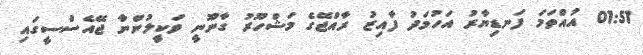
01:51 އުއްތަމަ ފަނޑިޔާރު އަހުމަދު ފާއިޒު ރާއްޖޭގެ މަޝްހޫރު ގާނޫނީ ވަކީލުންނާ ޖޭއެސްސީގައި